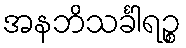
အနဘိသင်္ခါရဉ္စ